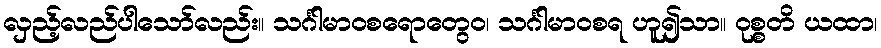
လှည့်လည်ပါသော်လည်း။ သင်္ဂါမာဝစရောတွေဝ၊ သင်္ဂါမာဝစရ ဟူ၍သာ။ ဝုစ္စတိ ယထာ၊